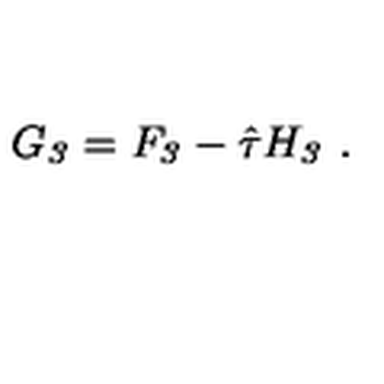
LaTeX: G _ { \it 3 } = F _ { \it 3 } - \hat { \tau } H _ { \it 3 } \ .